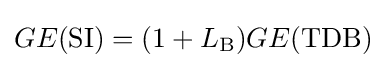
GE({\rm {SI}})=(1+L_{\rm {B}})GE({\rm {TDB}})